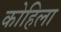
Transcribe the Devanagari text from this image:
कोहिला